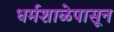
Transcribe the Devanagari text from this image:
धर्मशाळेपासून